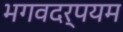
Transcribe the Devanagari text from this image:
भगवदर्पयम